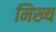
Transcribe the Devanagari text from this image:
मिख्य